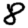
Digit: 8